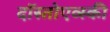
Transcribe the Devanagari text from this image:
दॉस्तोएव्स्की